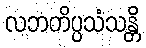
လဘတိပ္ပသံသန္တိ